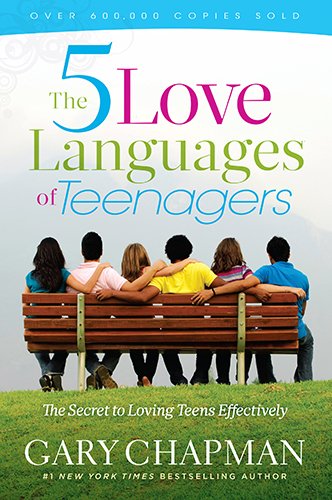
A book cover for The 5 Love Languages of Teenagers New Edition: The Secret to Loving Teens Effectively; Gary D Chapman; Parenting & Relationships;